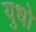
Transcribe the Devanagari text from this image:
युधो